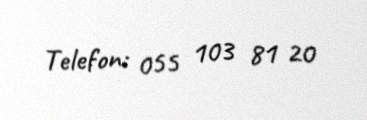
Telefon: 055 103 81 20